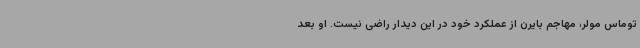
توماس مولر، مهاجم بایرن از عملکرد خود در این دیدار راضی نیست. او بعد